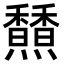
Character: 𩡢